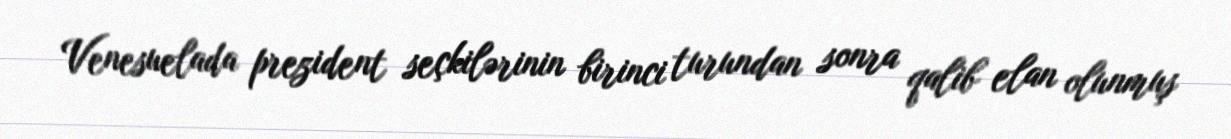
Venesuelada prezident seçkilərinin birinci turundan sonra qalib elan olunmuş